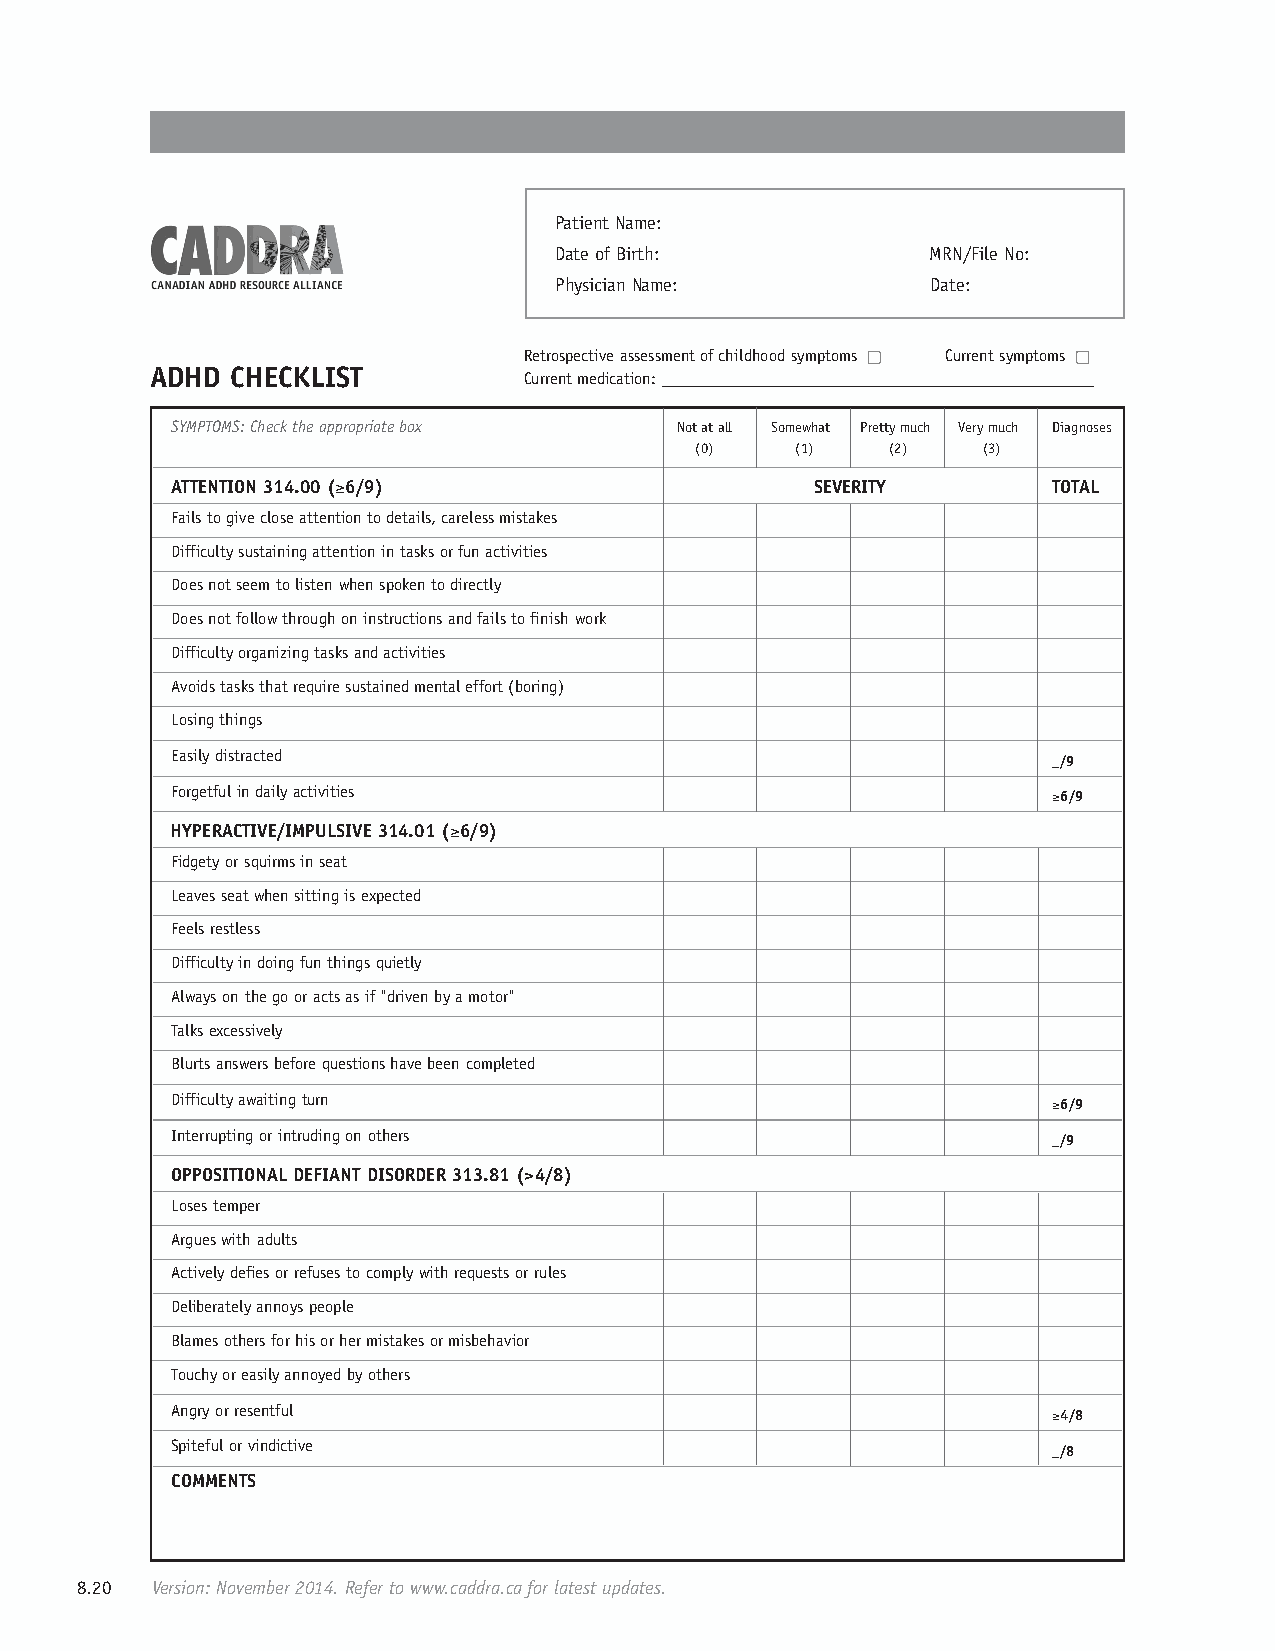
Patient Name:
 Date of Birth:           MRN/File No:
 Physician Name:          Date:
 Retrospective assessment of childhood symptoms Current symptoms
 ADHD CHECKLIST
 Current medication:
 SYMPTOMS: Check the appropriate box Not at all Somewhat Pretty much Very much Diagnoses
 (0)    (1)   (2)   (3)
 ATTENTION 314.00 (≥6/9)                    SEVERITY        TOTAL
 Fails to give close attention to details, careless mistakes
 Difficulty sustaining attention in tasks or fun activities
 Does not seem to listen when spoken to directly
 Does not follow through on instructions and fails to finish work
 Difficulty organizing tasks and activities
 Avoids tasks that require sustained mental effort (boring)
 Losing things
 Easily distracted                                          _/9
 Forgetful in daily activities                              ≥6/9
 HYPERACTIVE/IMPULSIVE 314.01 (≥6/9)
 Fidgety or squirms in seat
 Leaves seat when sitting is expected
 Feels restless
 Difficulty in doing fun things quietly
 Always on the go or acts as if "driven by a motor"
 Talks excessively
 Blurts answers before questions have been completed
 Difficulty awaiting turn                                   ≥6/9
 Interrupting or intruding on others                        _/9
 OPPOSITIONAL DEFIANT DISORDER 313.81 (>4/8)
 Loses temper
 Argues with adults
 Actively defies or refuses to comply with requests or rules
 Deliberately annoys people
 Blames others for his or her mistakes or misbehavior
 Touchy or easily annoyed by others
 Angry or resentful                                         ≥4/8
 Spiteful or vindictive                                     _/8
 COMMENTS
 8.20 Version: November 2014. Refer to www.caddra.ca for latest updates.